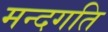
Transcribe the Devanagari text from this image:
मन्दगति